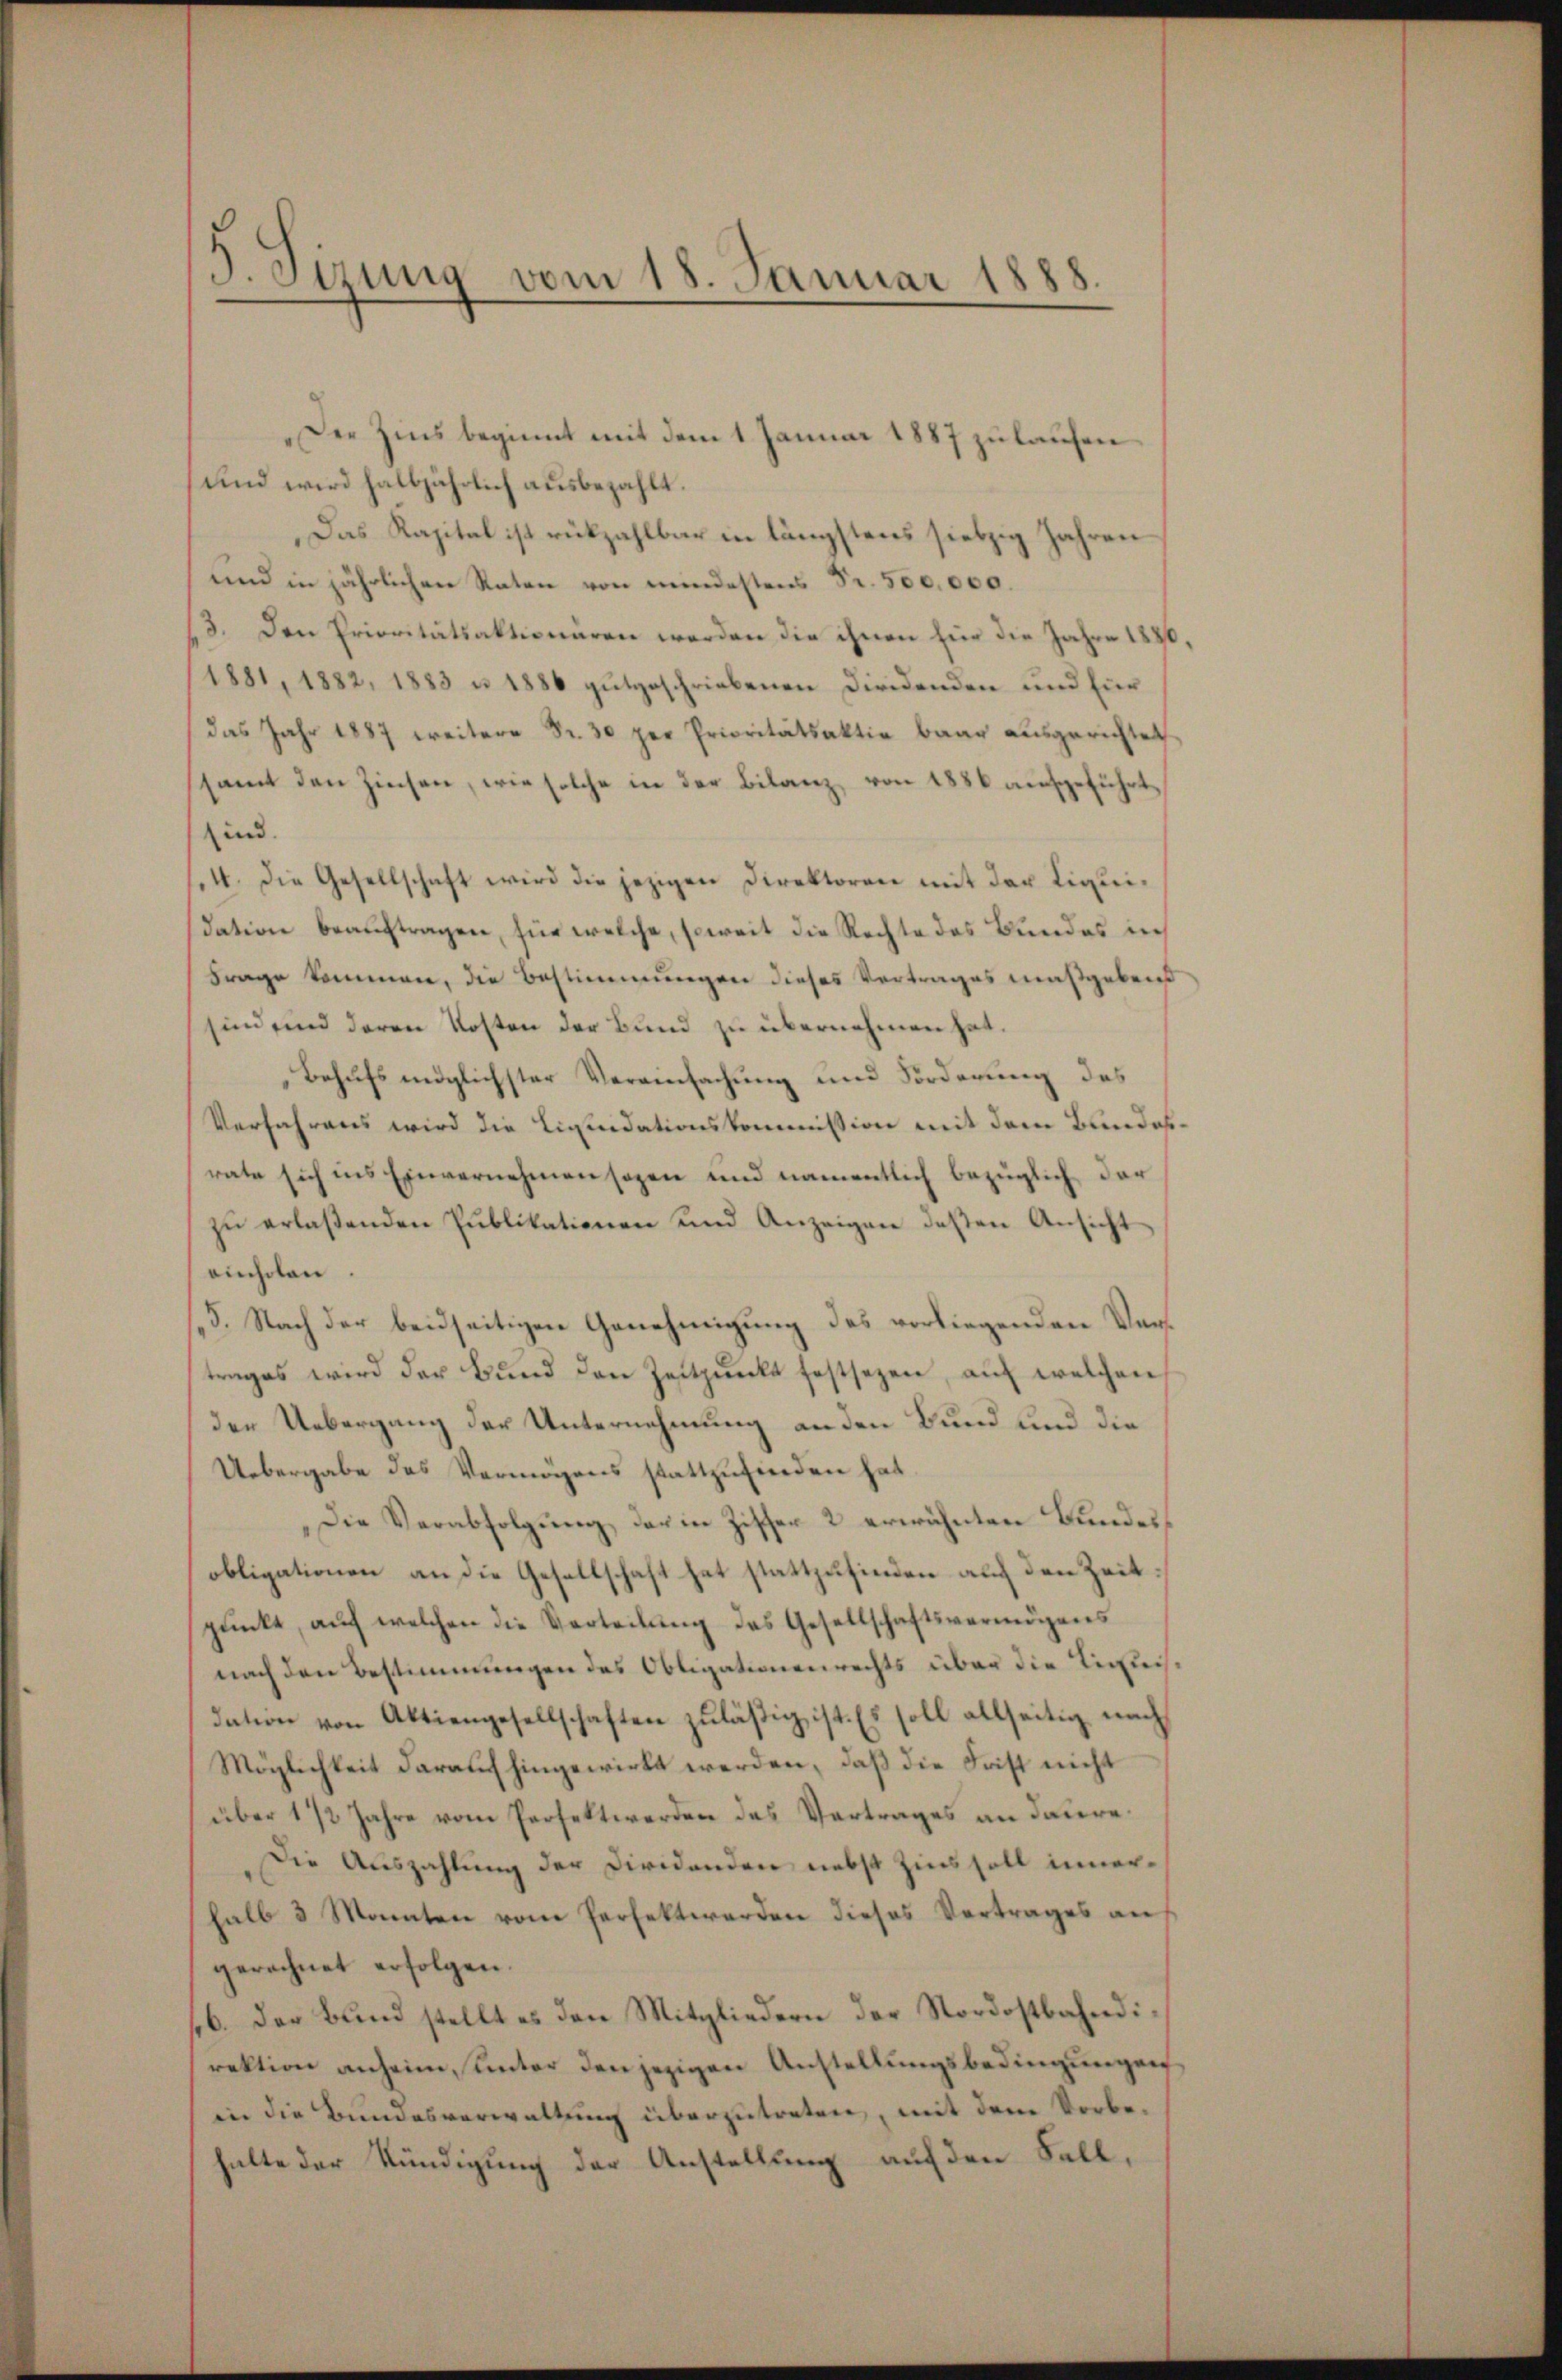
3. Sizung vom 18. Januar 1888.

Der Zins beginnt mit dem 1. Januar 1887 zulaufen
und wird halbjährlich ausbezahlt.
Das Kapital ist rückzahlbar in längstens siebzig Jahren
und in jährlichen Raten von mindestens Fr. 500,000.
13. Den Prioritätsaktionaren werden die ihnen für die Jahr
1881, 1882, 1883 u. 1886 gutgeschriebenen Diridenden und für
das Jahr 1887 weitere Fr. 30 per Prioritätsaktie baar ausgerichtet
samt den Zinsen, wie solche in der Bilanz, von 1886 aufgeführt,
sind.
4. Die Gesellschaft wird die jezigen Direktoren mit der Liquidation beaŭftragen, für welche, soweit die Rechte des Bundes in
Frage kommen, die Bestimmungen dieses Vertrages maßgebend
sind sind deren Kosten der Bund zu übernehmen hat.
Behufs möglichster Vereinfachung und Forderung des
Verfahrens wird die Liquidationskommission mit dem Bundesrate sich ins Einvernehmen sagen und namentlich bezüglich der
zŭ erlaßenden Publikationen und Anzeigen dessen Ansicht
einholen.
5. Nach der beidseitigen Genehmigung des vorliegenden Vortrages wird der Bŭnd den Zeitpunkt festsezen, auf welchen
der Uebergang der Unternehmung an den Bund und die
Uebergabe des Vermögens stattzufinden hat.
Die Verabfolgung der in Ziffer 2 erwähnten Bundesobligationen an die Gesellschaft hat stattzufinden auf den Zeit
punkt, auf welchen die Verteilung des Gesellschaftsvermögens
nach den Bestimmungen des Obligationenrechts über die Tichleisdation von Aktiengesellschaften zuläßig ist. Es soll allseitig nach
Möglichkeit darauf hingewirkt werden, daß die Frist nicht
über 1/2 Jahre vom Perfelt werden des Vertrages an daure¬
Die Auszahlung der Dividanden nebst Zins soll innerhalb 3 Monten vom Perfekt werden dieses Vertrages au
gerechnet erfolgen.
sb. Der Bund stellt es den Mitgliedern der Nordostbahndirektion anheim, unter den jezigen Anstellungsbedingungen,
in die Bundesverwaltung überzutreten, mit dem Vorbehalte der Kündigung der Anstellung auf den Fall,